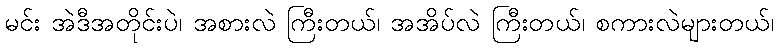
မင်း အဲဒီအတိုင်းပဲ၊ အစားလဲ ကြီးတယ်၊ အအိပ်လဲ ကြီးတယ်၊ စကားလဲများတယ်၊